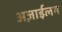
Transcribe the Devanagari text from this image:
अज़ाईलम